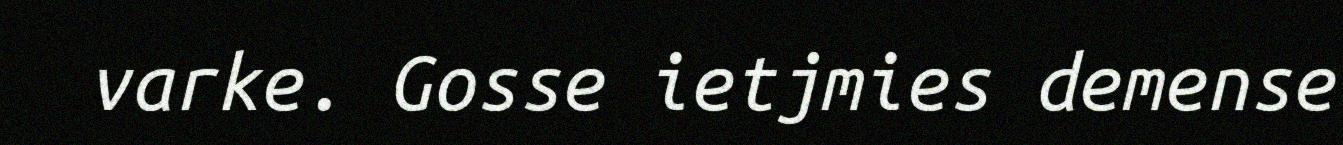
varke. Gosse ietjmies demense